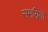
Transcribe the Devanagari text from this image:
समग्रियों